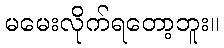
မမေးလိုက်ရတော့ဘူး။